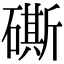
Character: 𥕶